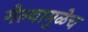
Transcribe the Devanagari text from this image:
गेल्यामुळेच